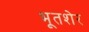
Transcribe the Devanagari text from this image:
भूतशेर